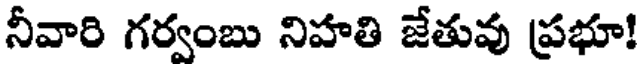
నీవారి గర్వంబు నిహతి జేతువు ప్రభూ!